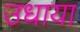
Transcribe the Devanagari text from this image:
उधाया